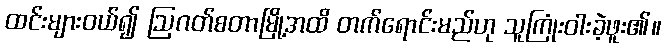
ထင်းများဝယ်၍ ဩဂတ်စတာမြို့အထိ တက်ရောင်းမည်ဟု သူကြုံးဝါးခဲ့ဖူး၏။